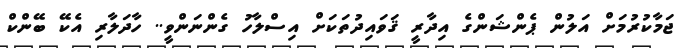
ޖަމާކުރުމަށް އަލުން ޕެންޝަންގެ އިދާރީ ޤަވައިދުތަކަށް އިސްލާހު ގެންނަންވީ.. ހާދަލާރި އެކޭ ބޭންކް